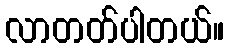
လာတတ်ပါတယ်။